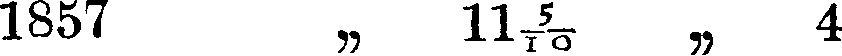
1857 „ 11⁵/10 „ 4